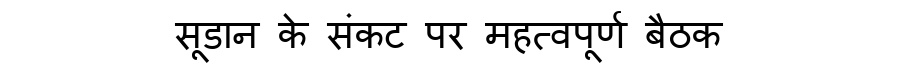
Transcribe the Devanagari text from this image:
सूडान के संकट पर महत्वपूर्ण बैठक